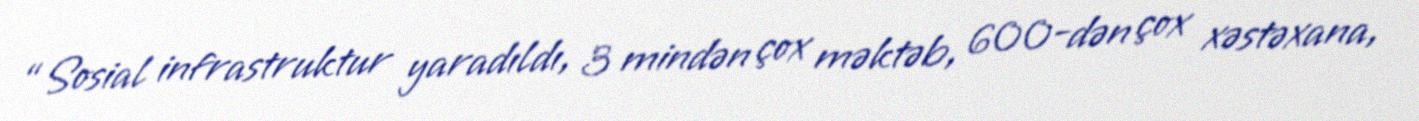
“Sosial infrastruktur yaradıldı, 3 mindən çox məktəb, 600-dən çox xəstəxana,